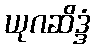
ယုဂဆိဒ္ဒံ